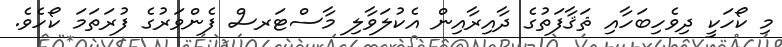
މި ކޯހަކީ ދިވެހިބަހާއި ޘަޤާފަތުގެ ދާއިރާއިން އެކުލަވާލި މާސްޓަރސް ފެންވަރުގެ ފުރަަތަމަ ކޯހެވެ.